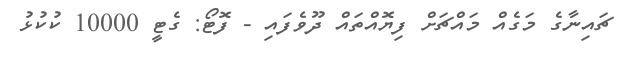
ޗައިނާގެ މަގެއް މައްޗަށް ފިޔޮއްތައް ދޫވެފައި - ފޮޓޯ: ގެޓީ 10000 ކުކުޅު